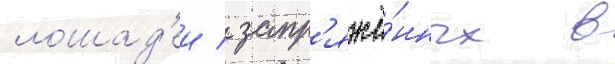
лошад'еи / запр'яжё́нных в